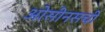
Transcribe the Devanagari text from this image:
ओसीनसची